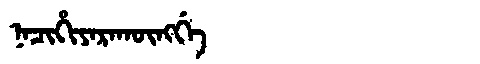
Manchu: ᠨᠠᠴᡳᡥᡳᠶᠠᡵᠠᡴᡡᠩᡤᡝ
Romanization: NACIHIYARAKŪNGGE